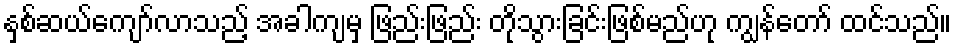
နှစ်ဆယ်ကျော်လာသည့် အခါကျမှ ဖြည်းဖြည်း တိုသွားခြင်းဖြစ်မည်ဟု ကျွန်တော် ထင်သည်။